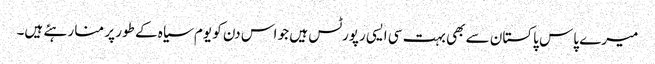
میرے پاس پاکستان سے بھی بہت سی ایسی رپورٹس ہیں جو اس دن کو یوم سیاہ کے طور پر منا رہئے ہیں۔